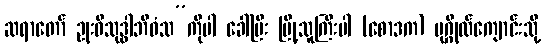
ဆရာတော် ဥုးဝိသုဒ္ဓါဘိဝံသ”ကိုပါ ခေါ်ပြီး မြို့သူကြီးပါ (စောဒက) ပုဂ္ဂိုလ်ကျောင်းသို့